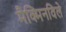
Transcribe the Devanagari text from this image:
मैक्मिनविले